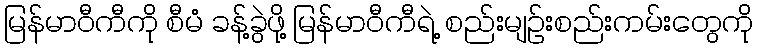
မြန်မာဝီကီကို စီမံ ခန့်ခွဲဖို့ မြန်မာဝီကီရဲ့ စည်းမျဉ်းစည်းကမ်းတွေကို